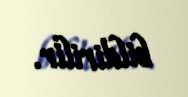
bildirilir.